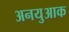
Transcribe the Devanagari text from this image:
अनयुआक